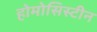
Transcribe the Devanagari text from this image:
होमोसिस्टीन